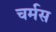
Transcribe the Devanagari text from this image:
चर्मस